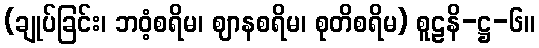
(ချုပ်ခြင်း၊ ဘဝံ့စရိမ၊ ဈာနစရိမ၊ စုတိစရိမ) စူဠနိ-ဋ္ဌ-၆။